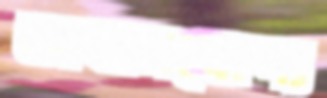
অবাসযোগ্য